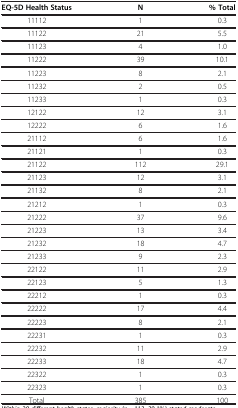
| EQ-5D Health Status | N | % Total |
 | --- | --- | --- |
 | 11112 | 1 | 0.3 |
 | 11122 | 21 | 5.5 |
 | 11123 | 4 | 1.0 |
 | 11222 | 39 | 10.1 |
 | 11223 | 8 | 2.1 |
 | 11232 | 2 | 0.5 |
 | 11233 | 1 | 0.3 |
 | 12122 | 12 | 3.1 |
 | 12222 | 6 | 1.6 |
 | 21112 | 6 | 1.6 |
 | 21121 | 1 | 0.3 |
 | 21122 | 112 | 29.1 |
 | 21123 | 12 | 3.1 |
 | 21132 | 8 | 2.1 |
 | 21212 | 1 | 0.3 |
 | 21222 | 37 | 9.6 |
 | 21223 | 13 | 3.4 |
 | 21232 | 18 | 4.7 |
 | 21233 | 9 | 2.3 |
 | 22122 | 11 | 2.9 |
 | 22123 | 5 | 1.3 |
 | 22212 | 1 | 0.3 |
 | 22222 | 17 | 4.4 |
 | 22223 | 8 | 2.1 |
 | 22231 | 1 | 0.3 |
 | 22232 | 11 | 2.9 |
 | 22233 | 18 | 4.7 |
 | 22322 | 1 | 0.3 |
 | 22323 | 1 | 0.3 |
 | Total | 385 | 100 |